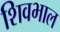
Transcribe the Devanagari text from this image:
शिवभाल